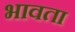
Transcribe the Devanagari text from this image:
भावता